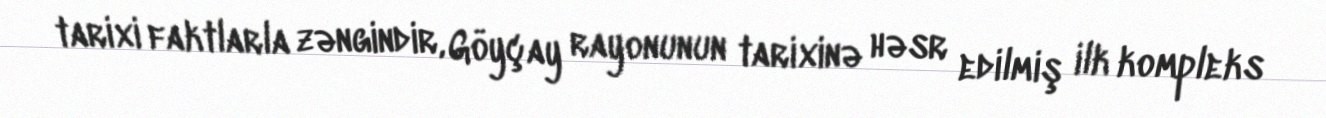
tarixi faktlarla zəngindir, Göyçay rayonunun tarixinə həsr edilmiş ilk kompleks